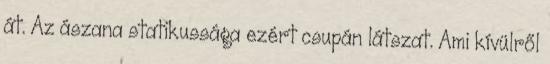
át. Az ászana statikussága ezért csupán látszat. Ami kívülről